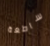
ساطعة